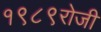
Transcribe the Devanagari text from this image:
१९८९रोजी